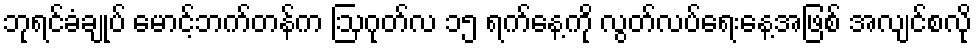
ဘုရင်ခံချုပ် မောင့်ဘက်တန်က ဩဂုတ်လ ၁၅ ရက်နေ့ကို လွတ်လပ်ရေးနေ့အဖြစ် အလျင်စလို